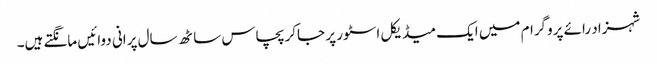
شہزاد رائے پروگرام میں ایک میڈیکل اسٹور پر جاکر پچاس ساٹھ سال پرانی دوائیں مانگتے ہیں۔